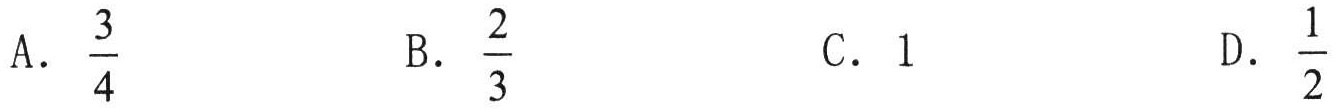
A. $\frac{3}{4}$
B. $\frac{2}{3}$
C. $1$
D. $\frac{1}{2}$